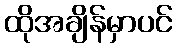
ထိုအချိန်မှာပင်